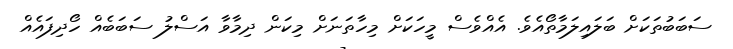
ސަބަބުތަކަށް ބަލައިލަމާތޯއެވެ. އެއްވެސް މީހަކަށް މިހާތަނަށް މިކަން ދިމާވާ އަސްލު ސަބަބެއް ހޯދިފައެއް